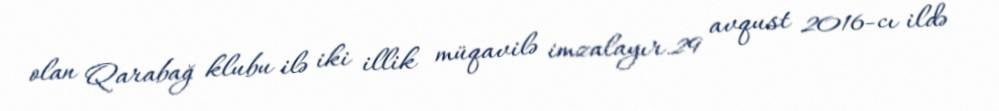
olan Qarabağ klubu ilə iki illik müqavilə imzalayır.29 avqust 2016-cı ildə